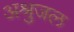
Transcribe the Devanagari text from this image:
अश्रुजल